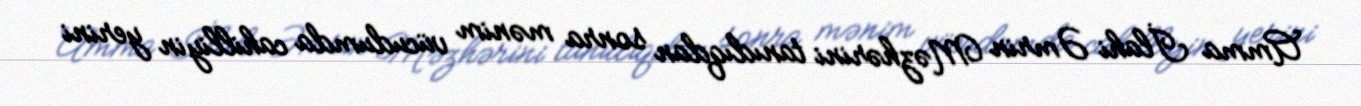
Amma İlahi Əmrin Məzhərini tanıdıqdan sonra mənim vücudumda cahilliyin yerini